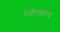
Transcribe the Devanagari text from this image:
गजेंद्रगडकरांचा